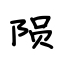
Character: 陨